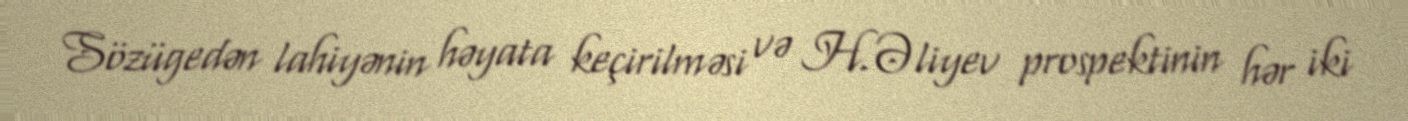
Sözügedən lahiyənin həyata keçirilməsi və H.Əliyev prospektinin hər iki